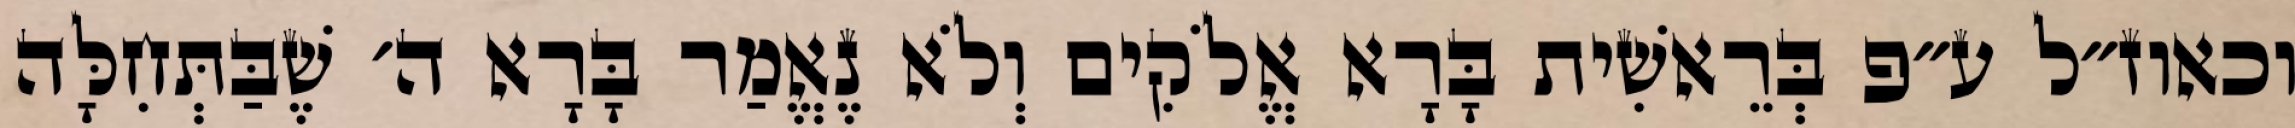
וכאוז״ל ע״פ בְּרֵאשִׁית בָּרָא אֱלֹקִים וְלֹא נֶאֱמַר בָּרָא ה׳ שֶׁבַּתְּחִלָּה